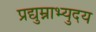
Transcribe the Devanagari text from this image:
प्रद्युम्नाभ्युदय